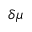
\delta \mu